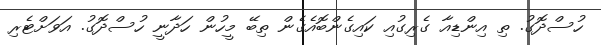
ހުސްދޮގު. ތި އިންޑިއާ ގެރިގުއި ކައިގެންބޮއެގެން ތިބޭ މީހުން ހަދާނީ ހުސްދޮގު. އަވަށްޓެރި